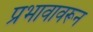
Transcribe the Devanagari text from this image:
प्रभावावरून